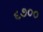
૬૭૦૦